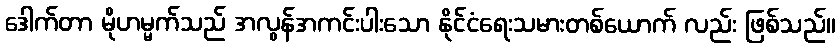
ဒေါက်တာ မိုဟမ္မက်သည် အလွန်အကင်းပါးသော နိုင်ငံရေးသမားတစ်ယောက် လည်း ဖြစ်သည်။